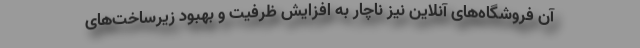
آن فروشگاه‌های آنلاین نیز ناچار به افزایش ظرفیت و بهبود زیرساخت‌های